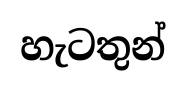
හැටතුන්